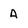
Character: A